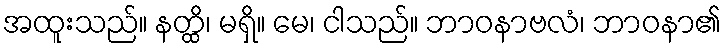
အထူးသည်။ နတ္ထိ၊ မရှိ။ မေ၊ ငါသည်။ ဘာဝနာဗလံ၊ ဘာဝနာ၏